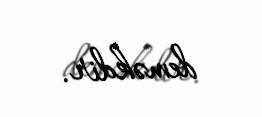
deməkdir.